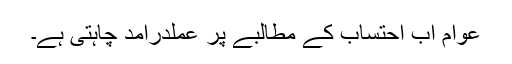
عوام اب احتساب کے مطالبے پر عملدرآمد چاہتی ہے۔